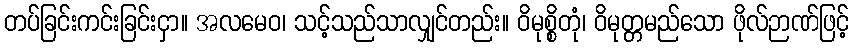
တပ်ခြင်းကင်းခြင်းငှာ။ အလမေဝ၊ သင့်သည်သာလျှင်တည်း။ ဝိမုစ္စိတုံ၊ ဝိမုတ္တမည်သော ဖိုလ်ဉာဏ်ဖြင့်